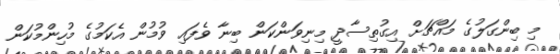
މި ބިންގަލުގެ މައްޗަށް އިގުތިސާދީ މިނިވަންކަން ބިނާ ވެފައި ވުމުން އެކަމުގެ މުހިންމުކަން